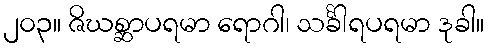
၂၀၃။ ဇိဃစ္ဆာပရမာ ရောဂါ၊ သင်္ခါရပရမာ ဒုခါ။